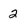
Character: 2